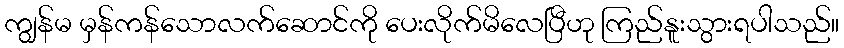
ကျွန်မ မှန်ကန်သောလက်ဆောင်ကို ပေးလိုက်မိလေပြီဟု ကြည်နူးသွားရပါသည်။